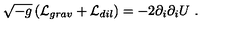
\sqrt { - g } \left( { \cal L } _ { g r a v } + { \cal L } _ { d i l } \right) = - 2 \partial _ { i } \partial _ { i } U \ .